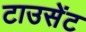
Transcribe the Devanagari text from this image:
टाउसेंट